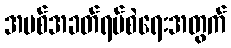
အပစ်အခတ်ရပ်စဲရေးအတွက်